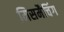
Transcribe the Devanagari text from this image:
मिसमैचिंग